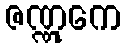
ဇဏ္ဏုကေ